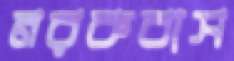
নরকবাস